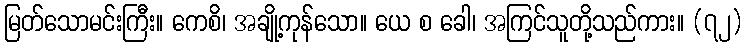
မြတ်သောမင်းကြီး။ ကေစိ၊ အချို့ကုန်သော။ ယေ စ ခေါ၊ အကြင်သူတို့သည်ကား။ (၇၂)